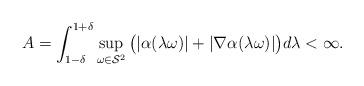
LaTeX: \begin{align*}A = \int_{1 - \delta}^{1 + \delta}\sup_{\omega \in\mathcal{S}^2}\big(|\alpha(\lambda\omega)| +|\nabla\alpha(\lambda\omega)|\big)d\lambda < \infty.\end{align*}